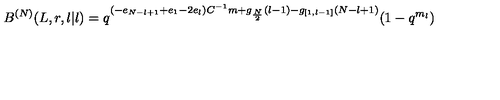
B ^ { ( N ) } ( L , r , l | l ) = q ^ { ( - e _ { N - l + 1 } + e _ { 1 } - 2 e _ { l } ) C ^ { - 1 } m + g _ { \frac { N } { 2 } } ( l - 1 ) - g _ { [ 1 , l - 1 ] } ( N - l + 1 ) } ( 1 - q ^ { m _ { l } } )